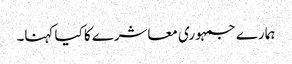
ہمارے جمہوری معاشرے کا کیا کہنا۔